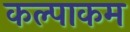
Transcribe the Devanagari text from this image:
कल्पाकम